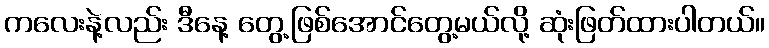
ကလေးနဲ့လည်း ဒီနေ့ တွေ့ဖြစ်အောင်တွေ့မယ်လို့ ဆုံးဖြတ်ထားပါတယ်။